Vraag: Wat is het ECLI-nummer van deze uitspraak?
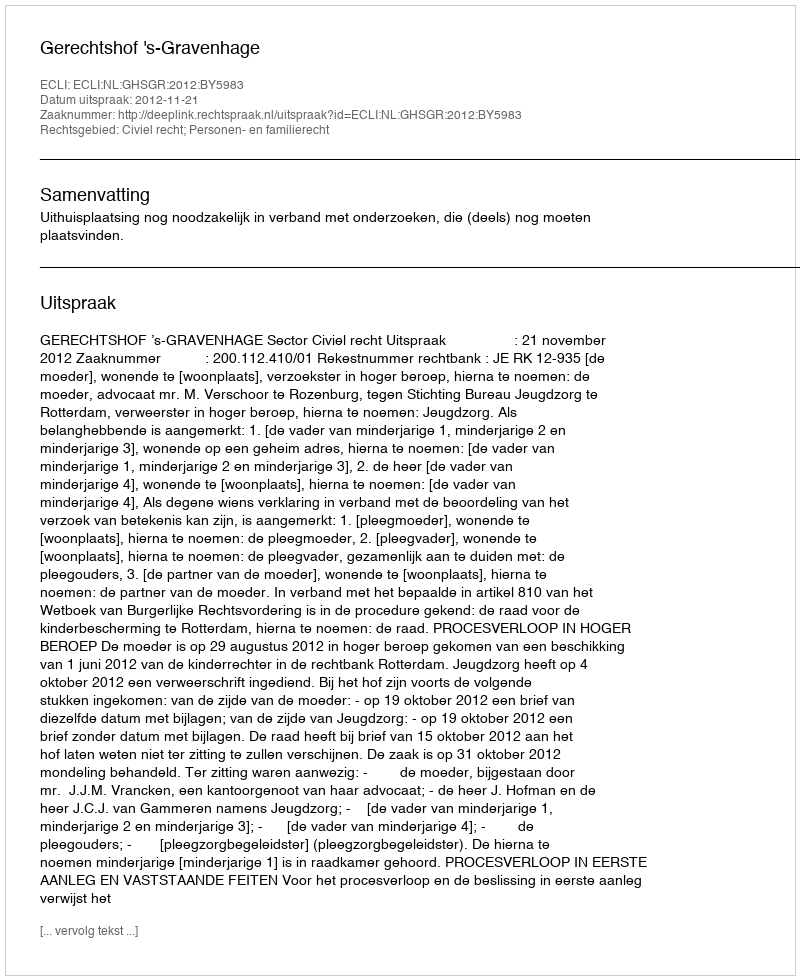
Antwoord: ECLI:NL:GHSGR:2012:BY5983